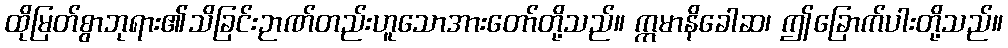
ထိုမြတ်စွာဘုရား၏သိခြင်းဉာဏ်တည်းဟူသောအားတော်တို့သည်။ ဣမာနိခေါဆ၊ ဤခြောက်ပါးတို့သည်။